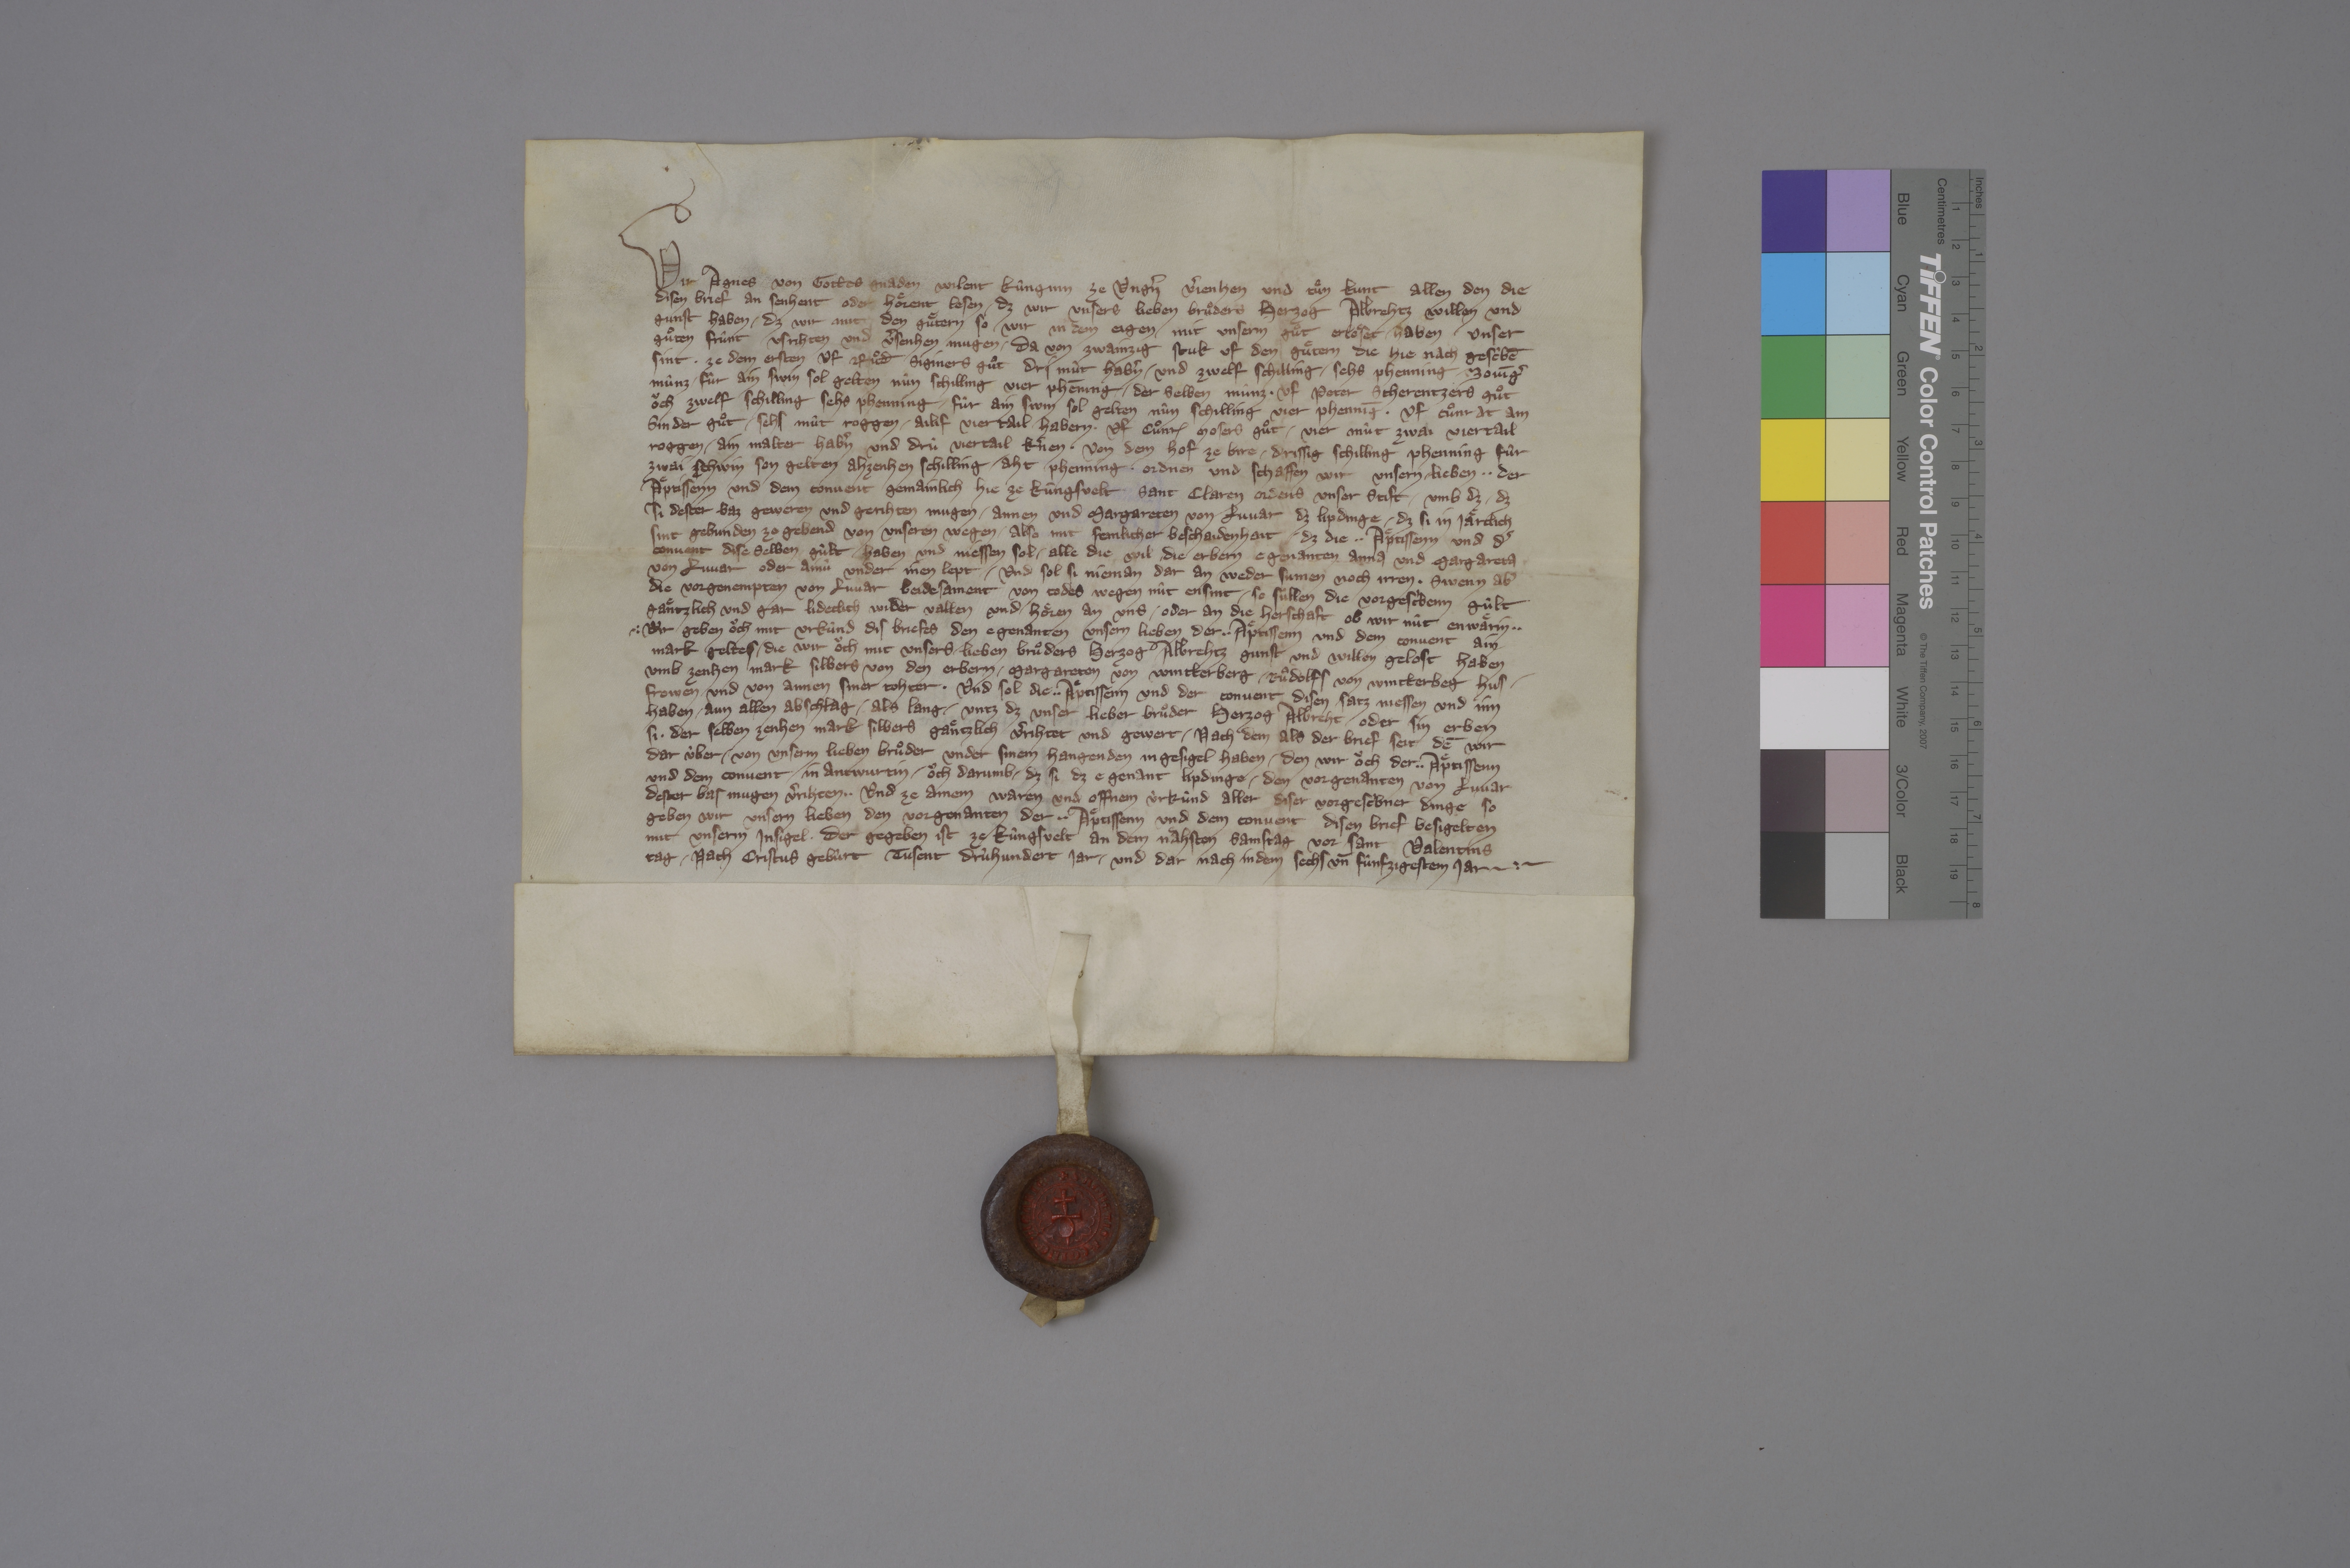
Transcription:
Wir, Agnes, von gottes gnaden wilent kûnginn ze Ungˀn, vˀjenhen und tuͤn kunt allen den, die
disen brief an senhent oder hoͤrent lesen, ✳ dz wir unsers lieben bruͦders herzog Albrehtz willen und
gunst haben, ✳ dz wir mit den guͤtern, so wir in dem Eigen mit unserm guͦt erloͤset haben, unser
guͦten frûnt usrihten und vˀsenhen mugen, ✳ da von zwainzig stuk uf den guͤtern, die hie nach gescˀbē
sint: ✳ ze dem ersten uf Ruͦd̄ Siginers guͦt dri mût habˀn ✳ und zwelf schilling, ✳ sehs phenning ✳ Zovīgˀ
mûnz ✳ fûr ain swin, sol gelten nûn schilling, vier phēning ✳ der selben mûnz; ✳ uf Peter Scherentzers guͦt
oͧch zwelf schilling, sehs phenning ✳ fûr ain swin, sol gelten nûn schilling, vier phennīg; ✳ uf Cuͦnrat am
Sinder guͦt ✳ sehs mût roggen, ✳ ailif viertail habern; ✳ uf Cuͦnr₎ Mosers guͦt ✳ vier mût, zwai viertail
roggen, ✳ ain malter habˀn und drù viertail kˀnen; ✳ von dem hof ze Bire ✳ drissig schilling phenning fûr
zwai schwin, son gelten ahzenhen schilling, ✳ aht phenning; ✳ ordnen und schaffen wir unsern lieben, ✳ ✳ der
aͤptissenn und dem convent gemainlich hie ze Kûngsvelt, Sant Claren ordens, unser stift, ✳ umb dz, ✳ dz
si dester baz geweren und gerihten mugen ✳ Annen und Margareten von Luvar dz lipdinge, ✳ dz si in jaͤrclich
sint gebunden ze gebend von unseren wegen, ✳ also mit semlicher beschaidenhait, ✳ dz die ✳ ✳ aͤptissenn und dˀ
convent dise selben gûlt ✳ haben und niessen sol, ✳ alle die wil die erbern egenanten Anna und Margareta
von Luvar, oder ainù under inen, lept, ✳ und sol si nieman dar an weder sumen noch irren. ✳ swenn abˀ
die vorgenempten von Luvar beidesament von todes wegen nût ensint, ✳ so sùllen die vorgescˀbenn gûlt
gaͤntzlich und gar lideclich wider vallen und hoͤren an uns, ✳ oder an die herschaft, ob wir nût enwaͤrin. ✳ ✳
✳ wir geben oͧch mit urkùnd dis briefes den egenanten unsern lieben, der ✳ ✳ aͤptissenn und dem convent, ain
mark geltes, ✳ die wir oͧch mit unsers lieben bruͦders herzog Albrehtz gunst und willen gelost haben
umb zenhen mark silbers von den erbern ✳ Margareten von Wintterberg, ✳ Ruͦdolfs von Wintterbeg hus¬
frowen, und von Annen, siner tohter, ✳ und sol die ✳ ✳ aͤptissenn und der convent disen satz niessen und inn-
haben, ✳ aun allen abschlag, ✳ als lang, ✳ untz dz unser lieber bruͦder herzog Albreht oder sin erben
si ✳ der selben zenhen mark silbers gaͤntzlich vˀrihtet und gewert, ✳ nach dem, als der brief seit, dē wir
dar ùber ✳ von unserm lieben bruͦder under sinem hangenden ingesigel haben, ✳ den wir oͧch der ✳ ✳ aͤptissenn
und dem convent in antwurtin, ✳ oͧch darumb, ✳ dz si dz e genant lipdinge ✳ den vorgenanten von Luvar
dester bas mugen vˀrihten. ✳ ✳ und ze ainem waren und offnem ùrkûnd aller diser vorgescˀbner dinge, so
geben wir unsern lieben, den vorgenanten, der ✳ ✳ aͤptissenn und dem convent, disen brief, besigelten
mit unserm insigel, ✳ der gegeben ist ze Kûngsvelt an dem naͤhsten samstag vor sant Valentins
tag, ✳ nach Cristus gebûrt tusent drûhundert jar ✳ und dar nach in dem sechs un̄ fûnfzigestem jar. ✳